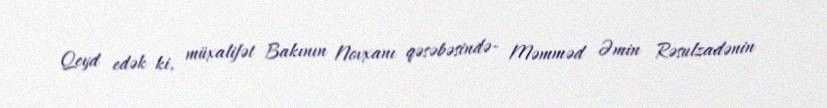
Qeyd edək ki, müxalifət Bakının Novxanı qəsəbəsində- Məmməd Əmin Rəsulzadənin